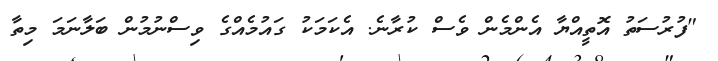
"ފުރުސަތު އޮތީއްޔާ އެންމެން ވެސް ކުރާނެ. އެކަމަކު ގައުމެއްގެ ވިސްނުމުން ބަލާނަމަ މިތާ